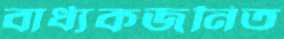
বার্ধ্যকজনিত